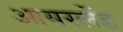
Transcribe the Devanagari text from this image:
आयरलेंड